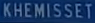
KHEMISSET